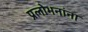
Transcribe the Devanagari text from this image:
प्रलोभनांना